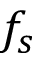
f _ { s }